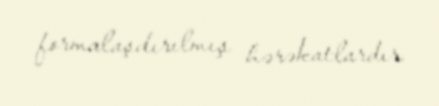
formalaşdırılmış hərəkatlardır.